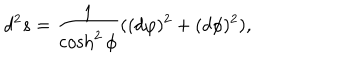
d ^ { 2 } s = \frac { 1 } { \cosh ^ { 2 } { \phi } } ( ( d \varphi ) ^ { 2 } + ( d \phi ) ^ { 2 } ) ,